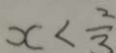
x < \frac { 2 } { 3 }